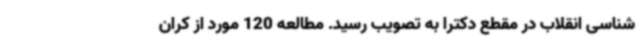
شناسی انقلاب در مقطع دکترا به تصویب رسید. مطالعه 120 مورد از کران